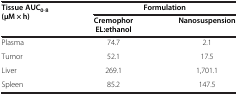
<table><thead><tr><td><b>Tissue AUC<sub>0-8</sub>(μM × h)</b></td><td colspan="2"><b>Formulation</b></td></tr><tr><td><b> </b></td><td><b>Cremophor EL:ethanol</b></td><td><b>Nanosuspension</b></td></tr></thead><tbody><tr><td>Plasma</td><td>74.7</td><td>2.1</td></tr><tr><td>Tumor</td><td>52.1</td><td>17.5</td></tr><tr><td>Liver</td><td>269.1</td><td>1,701.1</td></tr><tr><td>Spleen</td><td>85.2</td><td>147.5</td></tr></tbody></table>